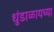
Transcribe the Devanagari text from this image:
धुंडाळायच्या